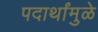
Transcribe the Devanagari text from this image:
पदार्थांमुळे